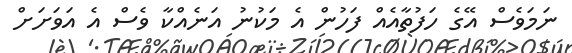
ނަމަވެސް އޭގެ ހަފުތާއެއް ފަހުން އެ މަކުނު އަނެއްކާ ވެސް އެ އަވަށަށް